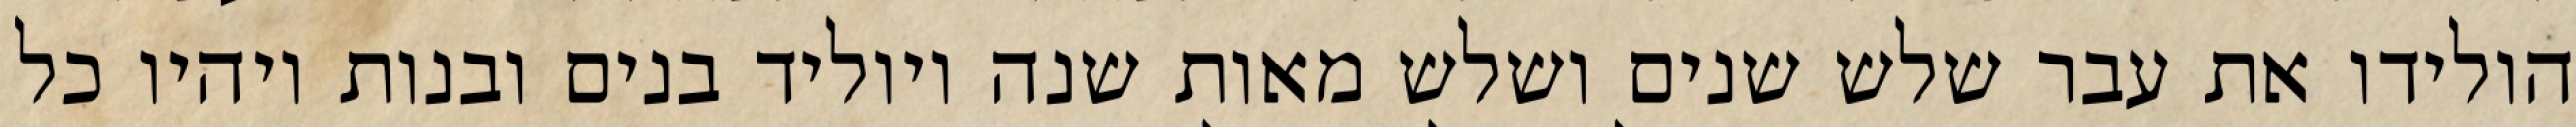
הולידו את עבר שלש שנים ושלש מאות שנה ויוליד בנים ובנות ויהיו כל